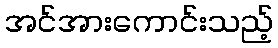
အင်အားကောင်းသည့်